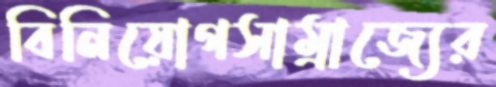
বিনিয়োগসাম্রাজ্যের